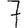
Digit: 7